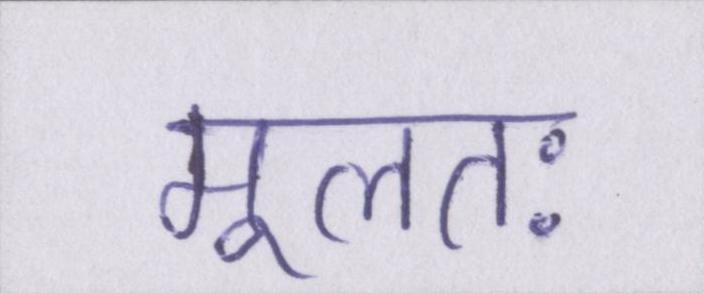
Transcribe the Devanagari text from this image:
मूलतः